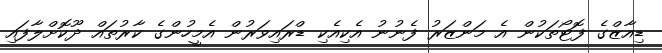
ޑިއާޒްގެ ފޮޓޯތަކުން އެ މަންޒަރު ފެނުނު އެކިއެކި ޑްރައިވަރުން އެމީހުންގެ ކާރުތައް ދޫކޮށްލާފައި